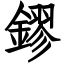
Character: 鏐